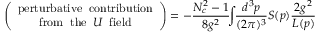
\left( \begin{array} { c } { { \mathrm { p e r t u r b a t i v e \; \; c o n t r i b u t i o n } } } \\ { { \mathrm { f r o m \; \; t h e \; \; } U \; \; \mathrm { f i e l d } } } \end{array} \right) = - \frac { N _ { c } ^ { 2 } - 1 } { 8 g ^ { 2 } } \! \! \int \! \! \frac { d ^ { 3 } p } { ( 2 \pi ) ^ { 3 } } S ( p ) \frac { 2 g ^ { 2 } } { L ( p ) }